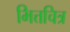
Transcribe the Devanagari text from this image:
भित्तचित्र